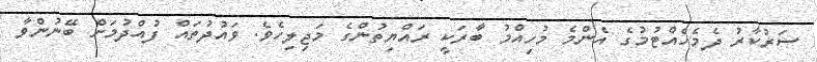
ސަރުކާރު ދެމެހެއްޓުމުގެ އެންމެ މުހިއްމު ބާރަކީ ރައްޔިތުންގެ މަޖިލިހެވެ. ވައުދުތައް ފުއްދުމަށް ބޭނުންވާ